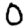
Digit: 0